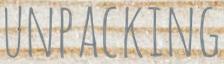
UNPACKING